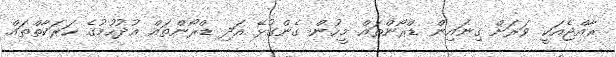
ރާއްޖެއަކީ ވަރަށް ގިނައިން ޑްރޯންތައް މީހުން ގެންގުޅޭ އަދި ޑްރޯންތައް އުދުހުމުގެ ހަރަކާތްތައް